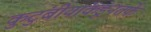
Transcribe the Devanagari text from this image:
कुटुंबीयांकडूनतर्फे